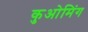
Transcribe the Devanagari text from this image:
कुओमिंग